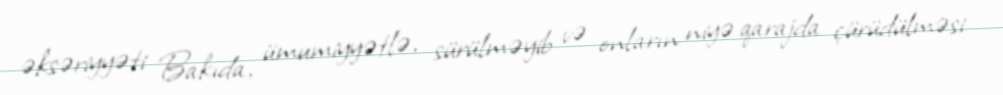
əksəriyyəti Bakıda, ümumiyyətlə, sürülməyib və onların niyə qarajda çürüdülməsi